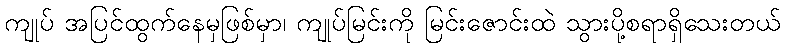
ကျုပ် အပြင်ထွက်နေမှဖြစ်မှာ၊ ကျုပ်မြင်းကို မြင်းဇောင်းထဲ သွားပို့စရာရှိသေးတယ်